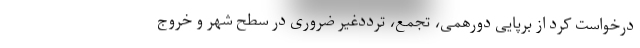
درخواست کرد از برپایی دورهمی، تجمع، ترددغیر ضروری در سطح شهر و خروج